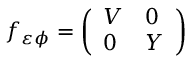
f _ { \varepsilon \phi } = \left( \begin{array} { l l } { V } & { 0 } \\ { 0 } & { Y } \end{array} \right)